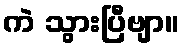
ကဲ သွားပြီဗျာ။